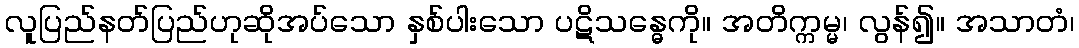
လူပြည်နတ်ပြည်ဟုဆိုအပ်သော နှစ်ပါးသော ပဋိသန္ဓေကို။ အတိက္ကမ္မ၊ လွန်၍။ အသာတံ၊